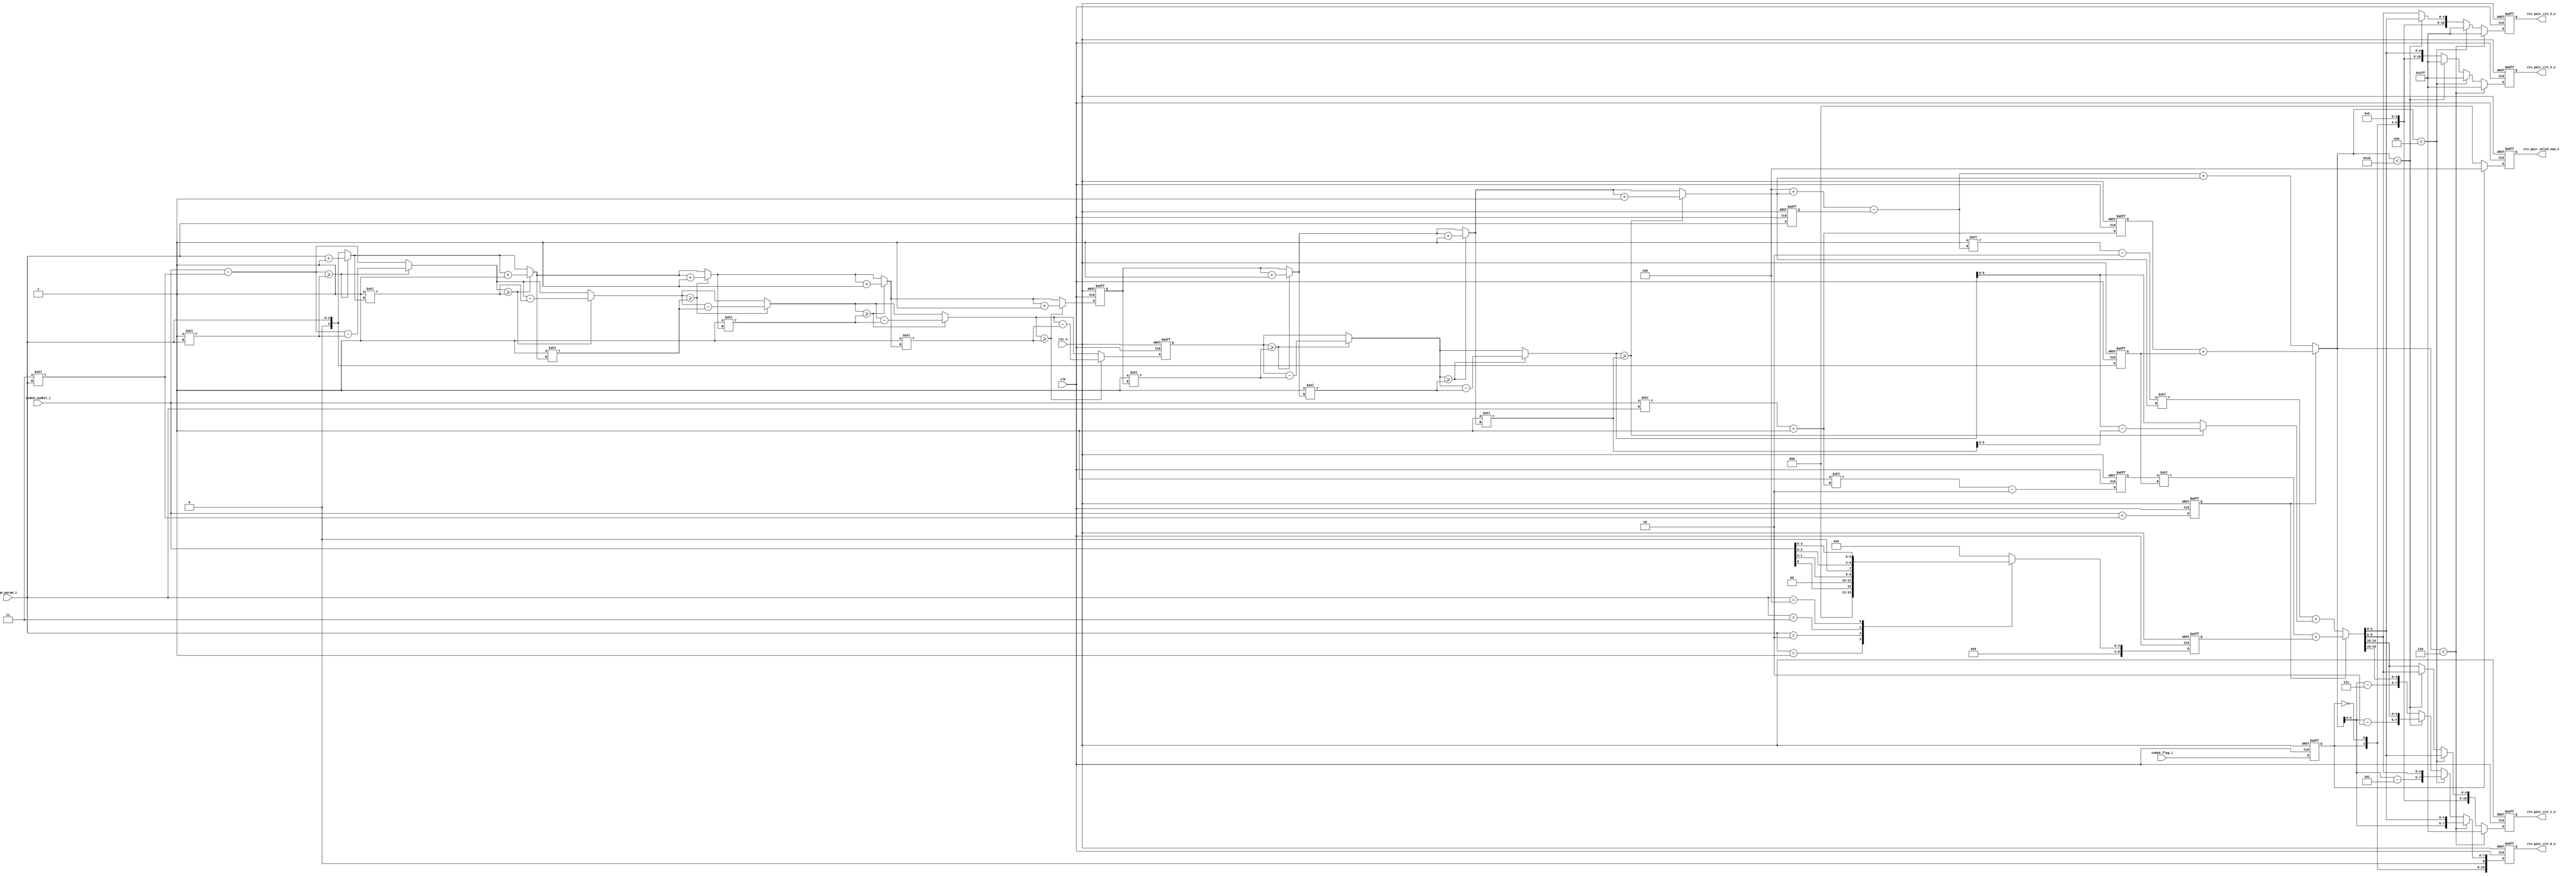
module cabac_binari_cre(
                            clk                 ,                        
                            rst_n               , 
							coded_flag_i        ,
                            coded_symbol_i      , 
                            go_param_i          , 
                            ctx_pair_cre_0_o    , 
                            ctx_pair_cre_1_o    , 
                            ctx_pair_cre_2_o    , 
                            ctx_pair_cre_3_o    ,
							ctx_pair_valid_num_o
                        );
//-----------------------------------------------------------------------------------------------------------------------------
//
//               input and output signals declaration 
//
//-----------------------------------------------------------------------------------------------------------------------------
input                                  clk                                     ;
input                                  rst_n                                   ;
input                                  coded_flag_i                            ;
input    [ 15:0 ]                      coded_symbol_i                          ;  
input    [  2:0 ]                      go_param_i                              ; // maximum : 4 

output   [ 10:0 ]                      ctx_pair_cre_0_o                        ; // coeff_cnt_i = 5'd11
output   [ 10:0 ]                      ctx_pair_cre_1_o                        ; // coeff_cnt_i = 5'd11
output   [ 10:0 ]                      ctx_pair_cre_2_o                        ; // coeff_cnt_i = 5'd11
output   [ 10:0 ]                      ctx_pair_cre_3_o                        ; // coeff_cnt_i = 5'd11
output   [  2:0  ]                     ctx_pair_valid_num_o                    ;

reg      [ 10:0 ]                      ctx_pair_cre_0_o                        ; 
reg      [ 10:0 ]                      ctx_pair_cre_1_o                        ; 
reg      [ 10:0 ]                      ctx_pair_cre_2_o                        ; 
reg      [ 10:0 ]                      ctx_pair_cre_3_o                        ; 
//-----------------------------------------------------------------------------------------------------------------------------
//
//              calculation length1 , length2 ,bins1, bins2 : symbol <(3<<go_param_i) : coeff_cnt_i = 5'd8 
//
//-----------------------------------------------------------------------------------------------------------------------------

wire                                   symbol_lt_param_w                       ;

wire     [  3:0 ]                      cre_length_0_0_w                        ; // coeff_cnt_i = 5'd9
wire     [  3:0 ]                      cre_length_0_1_w                        ; // coeff_cnt_i = 5'd9
wire     [ 10:0 ]                      cre_bins_0_0_w                          ; // coeff_cnt_i = 5'd9
reg      [ 10:0 ]                      cre_bins_0_1_r                          ; // coeff_cnt_i = 5'd9


assign   symbol_lt_param_w   =        (coded_symbol_i<(8'b0000011<<go_param_i));

assign   cre_length_0_0_w    =        (coded_symbol_i>>go_param_i) + 1'b1      ;
assign   cre_length_0_1_w    =        {1'b0,go_param_i }                       ;
assign   cre_bins_0_0_w      =        (11'd1<<cre_length_0_0_w)-2'd2           ;
   
always @* begin 
    case(go_param_i)
        3'd0  :   cre_bins_0_1_r  =  11'd0                                     ; // coded_symbol_i % 1 
        3'd1  :   cre_bins_0_1_r  =  {6'b0,4'b0000,coded_symbol_i[0]  }        ; // coded_symbol_i % 2
        3'd2  :   cre_bins_0_1_r  =  {6'b0,3'b000 ,coded_symbol_i[1:0]}        ; // coded_symbol_i % 4
        3'd3  :   cre_bins_0_1_r  =  {6'b0,2'b00  ,coded_symbol_i[2:0]}        ; // coded_symbol_i % 8
        3'd4  :   cre_bins_0_1_r  =  {6'b0,1'b0   ,coded_symbol_i[3:0]}        ; // coded_symbol_i % 16 
       default:   cre_bins_0_1_r  =  11'd0                                     ;
    endcase 
end 

reg                                    coded_flag_d1_r                         ;
reg                                    symbol_lt_param_d1_r                    ;
reg      [  3:0 ]                      cre_length_0_0_d1_r                     ; // coeff_cnt_i = 5'd10
reg      [  3:0 ]                      cre_length_0_1_d1_r                     ; // coeff_cnt_i = 5'd10
reg      [ 10:0 ]                      cre_bins_0_0_d1_r                       ; // coeff_cnt_i = 5'd10
reg      [ 10:0 ]                      cre_bins_0_1_d1_r                       ; // coeff_cnt_i = 5'd10
reg      [  2:0 ]                      go_param_d1_r                           ;

// delay 1 cycle 
always @(posedge clk or negedge rst_n) begin 
    if(!rst_n) begin 
	    coded_flag_d1_r           <=     1'b0                                  ; 
	    symbol_lt_param_d1_r      <=     1'b0                                  ;
        cre_length_0_0_d1_r       <=     4'd0                                  ;
        cre_length_0_1_d1_r       <=     4'd0                                  ;
        cre_bins_0_0_d1_r         <=     11'd0                                 ;
        cre_bins_0_1_d1_r         <=     11'd0                                 ;
		go_param_d1_r             <=     3'd0                                  ;
    end  
	else begin 
	    coded_flag_d1_r           <=     coded_flag_i                          ;
	    symbol_lt_param_d1_r      <=     symbol_lt_param_w                     ;
	    cre_length_0_0_d1_r       <=     cre_length_0_0_w                      ;
	    cre_length_0_1_d1_r       <=     cre_length_0_1_w                      ;
	    cre_bins_0_0_d1_r         <=     cre_bins_0_0_w                        ;
	    cre_bins_0_1_d1_r         <=     cre_bins_0_1_r                        ;
		go_param_d1_r             <=     go_param_i                            ;
    end 
end 




//-----------------------------------------------------------------------------------------------------------------------------
//
//              calculation length1 , length2 ,bins1, bins2 : symbol >=(3<<go_param_i) : coeff_cnt_i = 5'd8 
//
//-----------------------------------------------------------------------------------------------------------------------------

wire     [  3:0 ]            cre_length_1_0_w                                  ; // coeff_cnt_i = 5'd10
wire     [  3:0 ]            cre_length_1_1_w                                  ; // coeff_cnt_i = 5'd10
wire     [ 10:0 ]            cre_bins_1_0_w                                    ; // coeff_cnt_i = 5'd10
wire     [ 10:0 ]            cre_bins_1_1_w                                    ; // coeff_cnt_i = 5'd10

wire     [  3:0 ]            length_i ={1'b0,go_param_i}                       ;
wire     [ 15:0 ]            symbol_i =coded_symbol_i-(8'b00000011<<go_param_i);

wire     [ 15:0 ]            symbol_0_0_w     ,    symbol_0_1_w                ; // coeff_cnt_i = 5'd9 
wire     [ 15:0 ]            symbol_0_2_w     ,    symbol_0_3_w                ; // coeff_cnt_i = 5'd9 
wire     [  3:0 ]            length_0_0_w     ,    length_0_1_w                ; // coeff_cnt_i = 5'd9 
wire     [  3:0 ]            length_0_2_w     ,    length_0_3_w                ; // coeff_cnt_i = 5'd9 

reg      [ 15:0 ]            symbol_1_0_r                                      ; // coeff_cnt_i = 5'd10  
wire     [ 15:0 ]                                  symbol_1_1_w                ; // coeff_cnt_i = 5'd10  
wire     [ 15:0 ]            symbol_1_2_w     ,    symbol_1_3_w                ; // coeff_cnt_i = 5'd10  
reg      [  3:0 ]            length_1_0_r                                      ; // coeff_cnt_i = 5'd10  
wire     [  3:0 ]                                  length_1_1_w                ; // coeff_cnt_i = 5'd10  
wire     [  3:0 ]            length_1_2_w     ,    length_1_3_w                ; // coeff_cnt_i = 5'd10  


assign   symbol_0_0_w  =  (symbol_i    >=(16'b1<<length_i    ))? ( symbol_i     - (16'b1<<length_i)     ): symbol_i      ;
assign   length_0_0_w  =  (symbol_i    >=(16'b1<<length_i    ))?   length_i      + 4'd1                  : length_i      ;

assign   symbol_0_1_w  =  (symbol_0_0_w>=(16'b1<<length_0_0_w))? ( symbol_0_0_w - ( 16'b1<<length_0_0_w)): symbol_0_0_w  ;
assign   length_0_1_w  =  (symbol_0_0_w>=(16'b1<<length_0_0_w))?  length_0_0_w  + 4'd1                   : length_0_0_w  ;

assign   symbol_0_2_w  =  (symbol_0_1_w>=(16'b1<<length_0_1_w))? ( symbol_0_1_w - (16'b1<<length_0_1_w) ): symbol_0_1_w  ;
assign   length_0_2_w  =  (symbol_0_1_w>=(16'b1<<length_0_1_w))?  length_0_1_w  + 4'd1                   : length_0_1_w  ;

assign   symbol_0_3_w  =  (symbol_0_2_w>=(16'b1<<length_0_2_w))? ( symbol_0_2_w - (16'b1<<length_0_2_w) ): symbol_0_2_w  ;
assign   length_0_3_w  =  (symbol_0_2_w>=(16'b1<<length_0_2_w))?  length_0_2_w  + 4'd1                   : length_0_2_w  ;

always @(posedge clk or negedge rst_n) begin 
    if(!rst_n) begin 
        symbol_1_0_r   <=  16'd0                                               ;
		length_1_0_r   <=  4'd0                                                ;
    end 
    else if( (symbol_0_3_w>=(16'b1<<length_0_3_w) )  ) begin 
	    symbol_1_0_r   <=  symbol_0_3_w - (16'b1<<length_0_3_w)                ;
        length_1_0_r   <=  length_0_3_w   +   1'b1                             ;
	end 
	else begin 
	    symbol_1_0_r   <=   symbol_0_3_w                                       ;
	    length_1_0_r   <=   length_0_3_w                                       ;
	end 
end 

assign   symbol_1_1_w  =  (symbol_1_0_r>=(16'b1<<length_1_0_r))? symbol_1_0_r - ( 16'b1<<length_1_0_r )              :  symbol_1_0_r ;
assign   length_1_1_w  =  (symbol_1_0_r>=(16'b1<<length_1_0_r))? length_1_0_r  + 4'd1                                : length_1_0_r  ;

assign   symbol_1_2_w  =  (symbol_1_1_w>=(16'b1<<length_1_1_w))? symbol_1_1_w - (16'b1<<length_1_1_w  )              : symbol_1_1_w  ;
assign   length_1_2_w  =  (symbol_1_1_w>=(16'b1<<length_1_1_w))? length_1_1_w  + 4'd1                                : length_1_1_w  ;

assign   symbol_1_3_w  =  (symbol_1_2_w>=(16'b1<<length_1_2_w))? symbol_1_2_w - (16'b1<<length_1_2_w  )              : symbol_1_2_w  ;
assign   length_1_3_w  =  (symbol_1_2_w>=(16'b1<<length_1_2_w))? length_1_2_w  + 4'd1                                : length_1_2_w  ;

assign   cre_length_1_0_w   =  4'd4 + length_1_3_w - go_param_d1_r           ; // coeff_cnt_i = 5'd9
assign   cre_length_1_1_w   =  length_1_3_w                                  ; // coeff_cnt_i = 5'd9
assign   cre_bins_1_0_w     =  (11'd1<<cre_length_1_0_w)- 2'd2               ; // coeff_cnt_i = 5'd9
assign   cre_bins_1_1_w     =  symbol_1_3_w[10:0]                            ; // coeff_cnt_i = 5'd9








//-----------------------------------------------------------------------------------------------------------------------------
//
//              output signals 
//
//-----------------------------------------------------------------------------------------------------------------------------



wire  [3:0]   length_0_d1_minus5_w   =     cre_length_0_0_d1_r-4'd5                             ;        
wire  [3:0]   length_1_d1_minus5_w   =     cre_length_0_1_d1_r-4'd5                             ;  

wire  [3:0]   length_2_d1_minus5_w   =     cre_length_1_0_w   -4'd5                             ;  
wire  [3:0]   length_3_d1_minus5_w   =     cre_length_1_1_w   -4'd5                             ;  
wire  [1:0]   coding_mdoe            =     {coded_flag_d1_r,!coded_flag_d1_r}                   ; 

reg   [2:0]   ctx_pair_valid_num_r                                                              ;

// ctx_pair_valid_num_r
always @(posedge clk or negedge rst_n) begin 
    if(!rst_n)
        ctx_pair_valid_num_r    <=      3'd0                                                    ;
	else if(coded_flag_d1_r)
        ctx_pair_valid_num_r    <=      3'd4                                                    ;
	else 
        ctx_pair_valid_num_r    <=      3'd0                                                    ;
end 

// ctx_pair_valid_num_o
assign        ctx_pair_valid_num_o   =      ctx_pair_valid_num_r                                ;


reg      [ 4:0 ]   length_total_r                                                               ;
reg      [19:0 ]   bins_total_r                                                                 ;

wire  [3:0]   length_total_minus5_w   =     length_total_r-4'd5                                 ;        
wire  [3:0]   length_total_minus10_w  =     length_total_r-4'd10                                ;  
wire  [3:0]   length_total_minus15_w  =     length_total_r-4'd15                                ;        
   
always @* begin 
    if(symbol_lt_param_d1_r) begin 
        length_total_r   =   cre_length_0_0_d1_r   +   cre_length_0_1_d1_r                      ;
		bins_total_r     =   (cre_bins_0_0_d1_r<<cre_length_0_1_d1_r) + cre_bins_0_1_d1_r[9:0]  ;
	end 	
	else                     begin 
	    length_total_r   =   cre_length_1_0_w      +  cre_length_1_1_w                          ;
	    bins_total_r     =   (cre_bins_1_0_w<<cre_length_1_1_w) + cre_bins_1_1_w[9:0]           ;
	end 
end 

always @(posedge clk or negedge rst_n) begin 
	if(!rst_n) begin 
        ctx_pair_cre_0_o    <=   {2'b01,1'b0,8'hff}   ;  
        ctx_pair_cre_1_o    <=   {2'b01,1'b0,8'hff}   ;  
        ctx_pair_cre_2_o    <=   {2'b01,1'b0,8'hff}   ;  
        ctx_pair_cre_3_o    <=   {2'b01,1'b0,8'hff}   ;  
    end 
    else if(length_total_r<5'd6)  begin 
        ctx_pair_cre_0_o    <=   {coding_mdoe,1'b0,length_total_r[2:0],bins_total_r[4:0]} ;
        ctx_pair_cre_1_o    <=   {2'b01,1'b0,8'hff}   ;
        ctx_pair_cre_2_o    <=   {2'b01,1'b0,8'hff}   ;
        ctx_pair_cre_3_o    <=   {2'b01,1'b0,8'hff}   ;
    end 
    else if(length_total_r<5'd11)  begin 
        ctx_pair_cre_0_o    <=   {coding_mdoe,1'b0,length_total_minus5_w[2:0],bins_total_r[9:5]} ;
        ctx_pair_cre_1_o    <=   {coding_mdoe,1'b0,3'd5                      ,bins_total_r[4:0]} ;
        ctx_pair_cre_2_o    <=   {2'b01,1'b0,8'hff}   ;
        ctx_pair_cre_3_o    <=   {2'b01,1'b0,8'hff}   ;
    end 
    else if(length_total_r<5'd16)  begin 
        ctx_pair_cre_0_o    <=   {coding_mdoe,1'b0,length_total_minus10_w[2:0],bins_total_r[14:10]} ;
        ctx_pair_cre_1_o    <=   {coding_mdoe,1'b0,3'd5                       ,bins_total_r[ 9:5 ]} ;
        ctx_pair_cre_2_o    <=   {coding_mdoe,1'b0,3'd5                       ,bins_total_r[ 4:0 ]} ;
        ctx_pair_cre_3_o    <=   {2'b01,1'b0,8'hff}   ;
    end 
    else begin 
        ctx_pair_cre_0_o    <=   {coding_mdoe,1'b0,length_total_minus15_w[2:0],bins_total_r[19:15]} ; 
        ctx_pair_cre_1_o    <=   {coding_mdoe,1'b0,3'd5                       ,bins_total_r[14:10]} ;
        ctx_pair_cre_2_o    <=   {coding_mdoe,1'b0,3'd5                       ,bins_total_r[ 9:5 ]} ;
        ctx_pair_cre_3_o    <=   {coding_mdoe,1'b0,3'd5                       ,bins_total_r[ 4:0 ]} ;
    end 
end 

/*
always @(posedge clk or negedge rst_n) begin 
    if(!rst_n) begin 
        ctx_pair_cre_0_o    <=   11'd0                                                          ;
        ctx_pair_cre_1_o    <=   11'd0                                                          ;
    end 
	else if(symbol_lt_param_d1_r) begin 
        if(cre_length_0_0_d1_r<4'd6) begin 
            ctx_pair_cre_0_o    <=  {coding_mdoe,1'b0,cre_length_0_0_d1_r[2:0],cre_bins_0_0_d1_r[4:0] }; 
	        ctx_pair_cre_1_o    <=  {2'b01      ,1'b0,8'hff                                           };
        end 
        else begin 
            ctx_pair_cre_0_o    <=  {coding_mdoe,1'b0,length_0_d1_minus5_w[2:0],cre_bins_0_0_d1_r[9:5]}; 
	        ctx_pair_cre_1_o    <=  {coding_mdoe,1'b0,3'd5                     ,cre_bins_0_0_d1_r[4:0]};
        end 
    end
    else begin 
        if(cre_length_1_0_w<4'd6) begin 
            ctx_pair_cre_0_o    <=  {coding_mdoe,1'b0,cre_length_1_0_w[2:0]    ,cre_bins_1_0_w[4:0]   }; 
	        ctx_pair_cre_1_o    <=  {2'b01      ,1'b0,8'hff                                           };
        end 
        else begin 
            ctx_pair_cre_0_o    <=  {coding_mdoe,1'b0,length_2_d1_minus5_w[2:0],cre_bins_1_0_w[9:5]   }; 
	        ctx_pair_cre_1_o    <=  {coding_mdoe,1'b0,3'd5                     ,cre_bins_1_0_w[4:0]   };
        end 
	end 	
end 

always @(posedge clk or negedge rst_n) begin 
    if(!rst_n) begin 
        ctx_pair_cre_2_o    <=   11'd0                                                           ;
        ctx_pair_cre_3_o    <=   11'd0                                                           ;
    end 
	else if(symbol_lt_param_d1_r) begin 
        if(cre_length_0_1_d1_r<4'd6) begin 
            ctx_pair_cre_2_o    <=  {coding_mdoe,1'b0,cre_length_0_1_d1_r[2:0],cre_bins_0_1_d1_r[4:0] }; 
	        ctx_pair_cre_3_o    <=  {2'b01      ,1'b0,8'hff                                           };
        end 
        else begin 
            ctx_pair_cre_2_o    <=  {coding_mdoe,1'b0,length_1_d1_minus5_w[2:0],cre_bins_0_1_d1_r[9:5]}; 
	        ctx_pair_cre_3_o    <=  {coding_mdoe,1'b0,3'd5                     ,cre_bins_0_1_d1_r[4:0]};
        end 
    end
    else begin 
        if(cre_length_1_1_w<4'd6) begin 
            ctx_pair_cre_2_o    <=  {coding_mdoe,1'b0,cre_length_1_1_w[2:0]    ,cre_bins_1_1_w[4:0]   }; 
	        ctx_pair_cre_3_o    <=  {2'b01      ,1'b0,8'hff                                           };
        end 
        else begin 
            ctx_pair_cre_2_o    <=  {coding_mdoe,1'b0,length_3_d1_minus5_w[2:0],cre_bins_1_1_w[9:5]   }; 
	        ctx_pair_cre_3_o    <=  {coding_mdoe,1'b0,3'd5                     ,cre_bins_1_1_w[4:0]   };
        end         
    end 	
end 

*/







endmodule